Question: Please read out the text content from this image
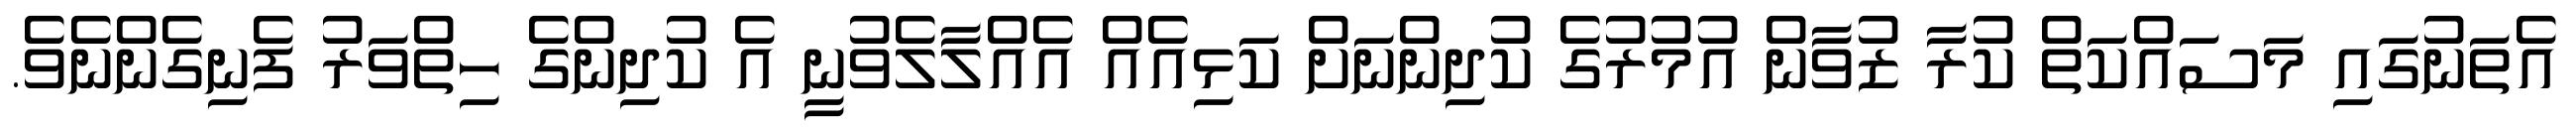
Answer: އެތަނުގައި މަސައްކަތް ކުރާ ޒުވާން އުމުރުގެ ކުދިންނަށް ކަޅިއެއް އެއްލާލެވުނީ އެ ކުދިންގެ ހިތްވަރު ފެނިގެންނެވެ.